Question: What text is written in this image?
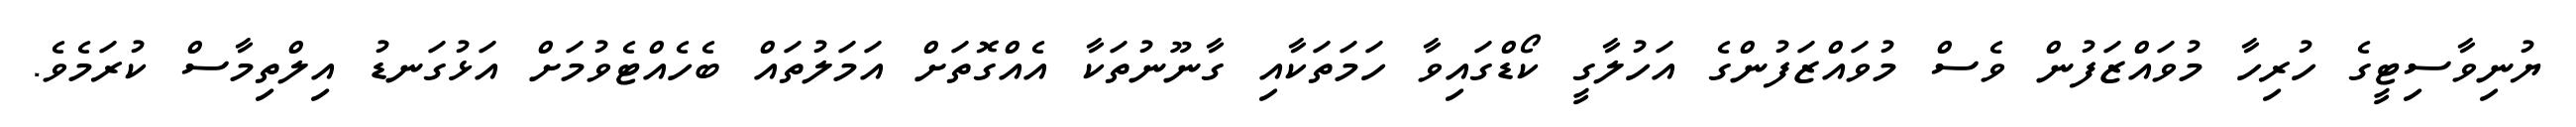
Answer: ޔުނިވާސިޓީގެ ހުރިހާ މުވައްޒަފުން ވެސް މުވައްޒަފުންގެ އަހުލާގީ ކޯޑްގައިވާ ހަމަތަކާއި ގާނޫނުތަކާ އެއްގޮތަށް އަމަލުތައް ބެހެއްޓެވުމަށް އަޅުގަނޑު އިލްތިމާސް ކުރަމެވެ.